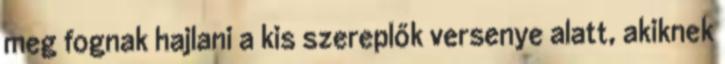
meg fognak hajlani a kis szereplők versenye alatt, akiknek